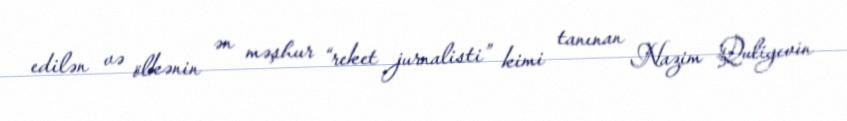
edilən və ölkənin ən məşhur “reket jurnalisti” kimi tanınan Nazim Quliyevin